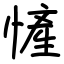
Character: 㦃